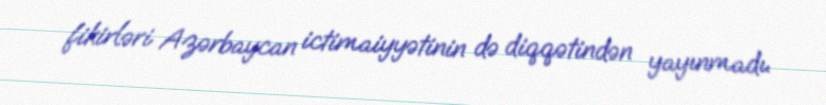
fikirləri Azərbaycan ictimaiyyətinin də diqqətindən yayınmadı.